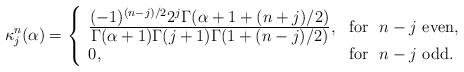
LaTeX: \begin{align*}\kappa^n_j(\alpha)= \left\{ \begin{array}{ll} \frac{\displaystyle (-1)^{(n - j)/2} 2^j \Gamma(\alpha + 1+(n + j)/2)}{\displaystyle \Gamma(\alpha + 1) \Gamma(j + 1) \Gamma(1+(n -j)/2)}, &\mbox{for}\ \ n - j \ {\rm even},\\ 0, & \mbox{for}\ \ n - j \ {\rm odd}. \end{array} \right. \end{align*}